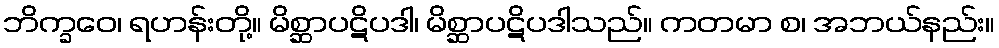
ဘိက္ခဝေ၊ ရဟန်းတို့။ မိစ္ဆာပဋိပဒါ၊ မိစ္ဆာပဋိပဒါသည်။ ကတမာ စ၊ အဘယ်နည်း။